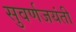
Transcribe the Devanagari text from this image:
सुवर्णजयंती